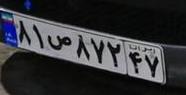
۸۱ص۸۷۲۴۷